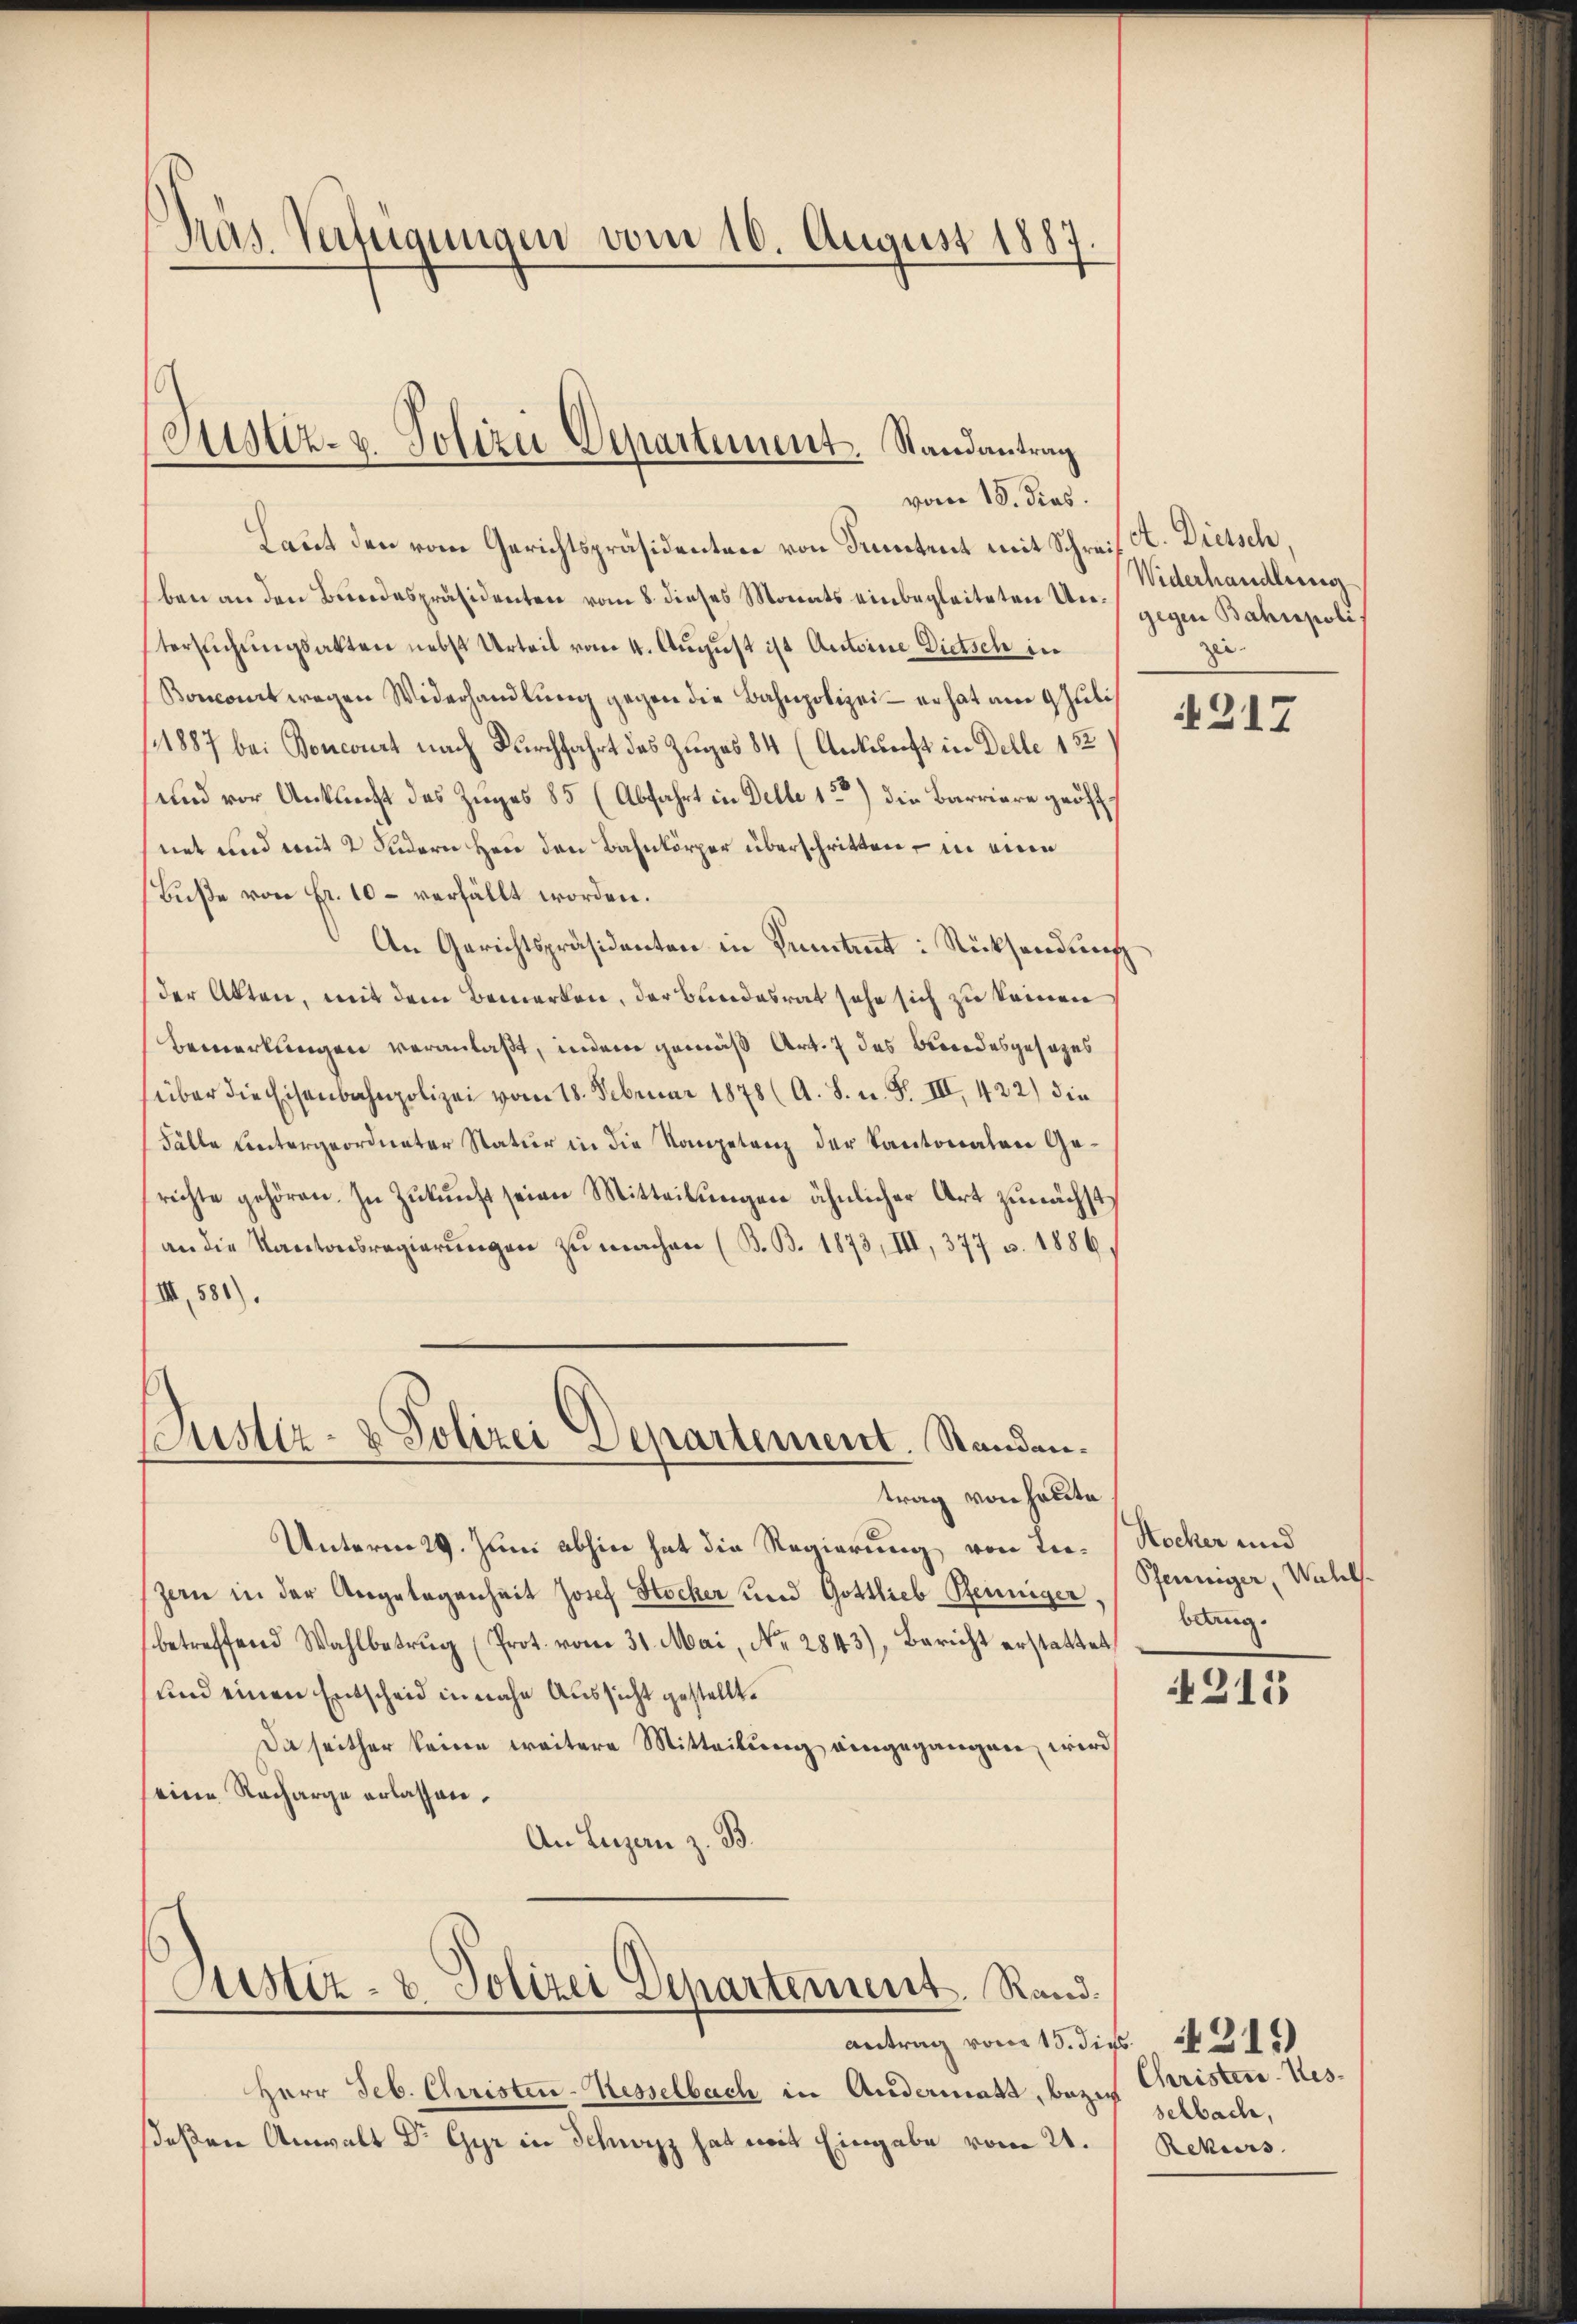
Präs. Verfügungen vom 10. August 188

Justiz- u. Polizei Departement. Randantrag
vom 18. dies

Laut den vom Gerichtspräsidenten von Funtent mit Schreif . Dietsch,
ben an den Bundespräsidenten vom 8. dieses Monats einbegleiteten Untersuchungsakten nebst Urteil vom 4. August ist Antoine Dietsch in
Boncomit wegen Widerhandlung gegen die Bahnpolizei - er hat am 9 Juli
(1887 bei Poncourt nach Durchfahrt des Zuges 84 (Ankunft in Delle 132
und vor Antlicht des Zuges 85 (Abfahrt in Delle 1) die Barriere grös
net und mit 2 Fudern Hen den Bahnkörper überschritten – in eine
Buße von Fr. 10 – verfällt worden.
An Gerichtspräsidenten in Seitet: Rücksendung
der Akten, mit dem Bemerken, der Bundesrat sehe sich zu keinen
Bemerkungen veranlaßt, indem gemäß Art. 7 des Besondesgesages
süber die Eisenbahnpolizei vom 18. Februar 1878 (A. S. u. F. III, 422) die
Fälle Lntergeordneter Natur in die Kompetenz der Kantonalen Gerichte gehören. In Zukunft seien Mitteilungen ähnlicher Art zunächst,
(an die Kantonsregierungen zu machen (B. B. 1873, III, 377 v. 1886.
IIII, 581).

Puster- & Polizei Departement. Standen.

Justiz- & Polizei Departement. Rand.

Widerhandlung
gegen Bahnpoli
zu

Unterm 29. Juni abhin hat die Regierung von Lu- (Kocher und
zern in der Angelegenheit Josef Stocker und Gottlieb Peuniger,
betreffend Wahlbetrug (Prot. vom 31. Mai, No. 2843), Bericht erstattet,
und einen Entscheid in nahe Aussicht gestellt.
Die seither keine weitere Mitteilung eingegangen, wird
eine Recharge erlassen.
An Luzern z. B.

trag von heute

antrag vom 15. die 311)
Herr Seb. Christen-Kesselbach in Andermass, bezog selbach,
seßen Anwalt Dr. Gyr in Schwyz hat mit Eingabe vom 21.

317

Pfenniger, Wahl.
barg.

1215

Christen-Res¬
Rekurs